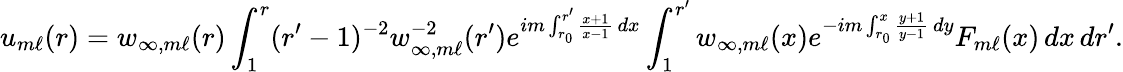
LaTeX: u_{m\ell}(r)=w_{\infty,m\ell}(r)\int_{1}^{r}(r^{\prime}-1)^{-2}w_{\infty,m\ell}^{-2}(r^{\prime})e^{im\int_{r_{0}}^{r^{\prime}}\frac{x+1}{x-1}\, dx}\int_{1}^{r^{\prime}}w_{\infty,m\ell}(x)e^{-im\int_{r_{0}}^{x}\frac{y+1}{y-1}\, dy}F_{m\ell}(x)\, dx\, dr^{\prime}.